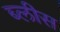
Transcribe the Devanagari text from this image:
ब्लीस